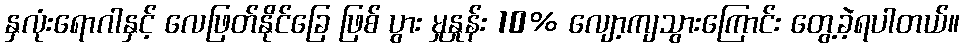
နှလုံးရောဂါနှင့် လေဖြတ်နိုင်ခြေ ဖြစ် ပွား မှုနှုန်း 10% လျော့ကျသွားကြောင်း တွေ့ခဲ့ရပါတယ်။